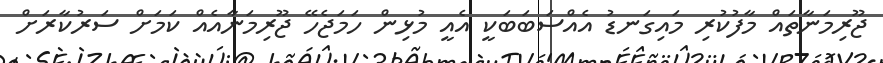
ޖޫރިމަނާތައް މާފުކުރި މައިގަނޑު އެއްސަބަބަކީ އެއީ މުޅިން ހަމަޖެހޭ ޖޫރިމަނާއެއް ކަމަށް ސަރުކާރަށް